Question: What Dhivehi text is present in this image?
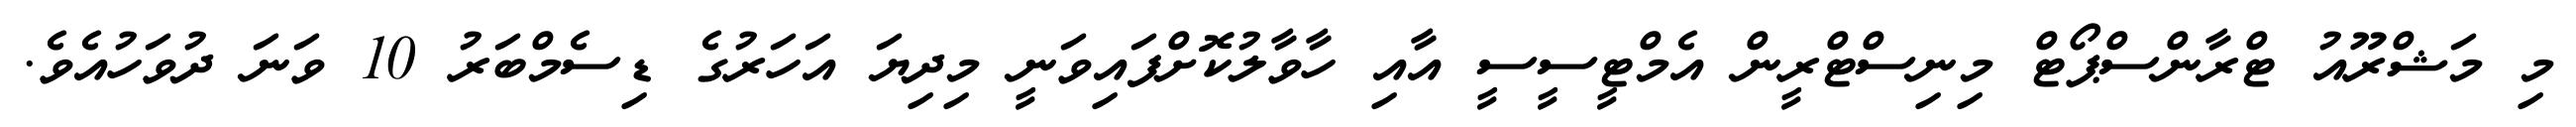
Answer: މި މަޝްރޫއު ޓްރާންސްޕޯޓް މިނިސްޓްރީން އެމްޓީސީސީ އާއި ހާވާލުކޮށްފައިވަނީ މިދިޔަ އަހަރުގެ ޑިސެމްބަރު 10 ވަނަ ދުވަހުއެވެ.